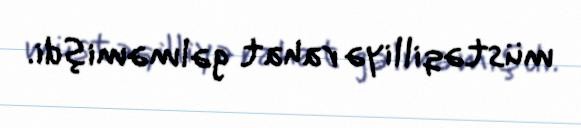
müstəqilliyə rahat gəlməmişdi.